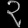
Digit: ၃